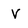
Character: V